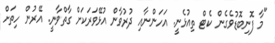
"މާ ފޮނިބޮޑުވެގެން ކެޓް ތިއުޅެނީ. އަހަންނާއި ދުރުވާން އުޅޭވަރަކަށް ގާތްވާނީ. އޭރުން ހިތަށް